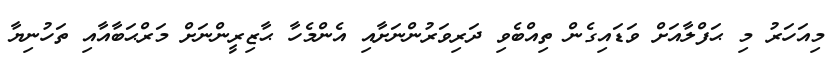
މިއަހަރު މި ޙަފްލާއަށް ވަޑައިގެން ތިއްބެވި ދަރިވަރުންނަށާއި އެންމެހާ ޙާޒިރީންނަށް މަރްޙަބާއާއި ތަހުނިޔާ